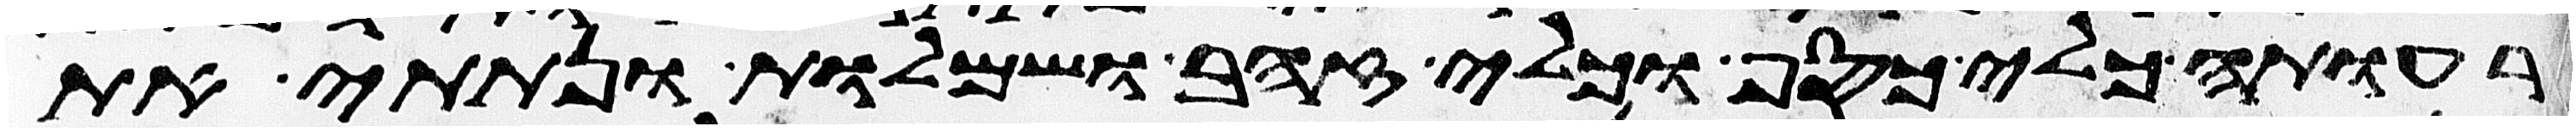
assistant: רעותה כלי כסף וכלי זהב ושמלות ונתתי את